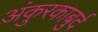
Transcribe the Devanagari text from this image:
अंकुरकाबुर्द